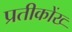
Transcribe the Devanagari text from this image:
प्रतीकोंख्‍